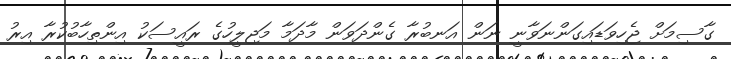
ގާސިމަށް ޖެހިވަޑައިގަންނަވާނީ ނަން އަނބުރާ ގެންދަވަން މާދަމާ މަޖިލީހުގެ ރައީސަކު އިންތިހާބުކުރާ އިރު